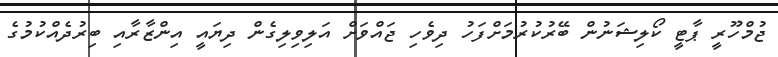
ޖުމްހޫރީ ޕާޓީ ކޯލިޝަނުން ބޭރުކުރުމަށްފަހު ދިވެހި ޖައްވަށް އަލިވިލިގެން ދިޔައީ އިންޒާރާއި ބިރުދެއްކުމުގެ